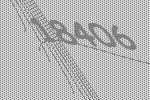
18406